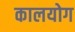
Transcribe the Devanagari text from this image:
कालयोग